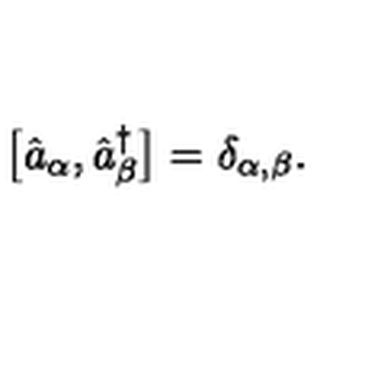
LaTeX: \bigl [ \hat { a } _ { \alpha } , \hat { a } _ { \beta } ^ { \dagger } \bigr ] = \delta _ { \alpha , \beta } .